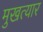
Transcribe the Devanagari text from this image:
मुखत्यार